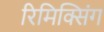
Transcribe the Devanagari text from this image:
रिमिक्सिंग